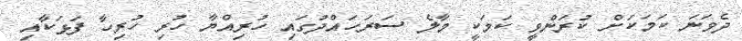
ދެވަނަ ކަމަކަށް ކުރަންވީ ކަމަކީ މާލެ ސަރަހައްދުގައި ހުރިއްޔާ ހުރި ހުރިހާ ފަޅަކާއި